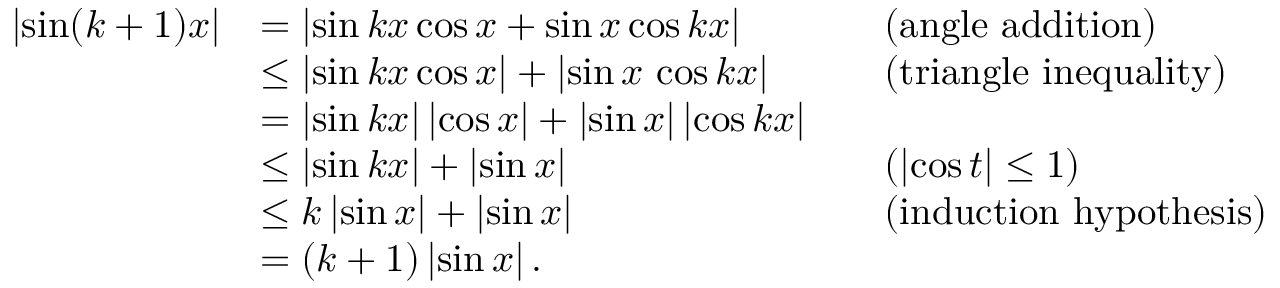
{ \begin{array} { r l r l } { \left| \sin ( k + 1 ) x \right| } & { = \left| \sin k x \cos x + \sin x \cos k x \right| } & & { { \mathrm { ( a n g l e ~ a d d i t i o n ) } } } \\ & { \leq \left| \sin k x \cos x \right| + \left| \sin x \, \cos k x \right| } & & { { \mathrm { ( t r i a n g l e ~ i n e q u a l i t y ) } } } \\ & { = \left| \sin k x \right| \left| \cos x \right| + \left| \sin x \right| \left| \cos k x \right| } \\ & { \leq \left| \sin k x \right| + \left| \sin x \right| } & & { ( \left| \cos t \right| \leq 1 ) } \\ & { \leq k \left| \sin x \right| + \left| \sin x \right| } & & { { \mathrm { ( i n d u c t i o n ~ h y p o t h e s i s } } ) } \\ & { = ( k + 1 ) \left| \sin x \right| . } \end{array} }